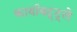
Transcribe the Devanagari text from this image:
कार्याबद्द्ले